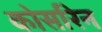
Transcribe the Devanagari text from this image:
कोर्सारेन